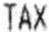
TAX